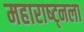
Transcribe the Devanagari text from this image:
महाराष्ट्नला